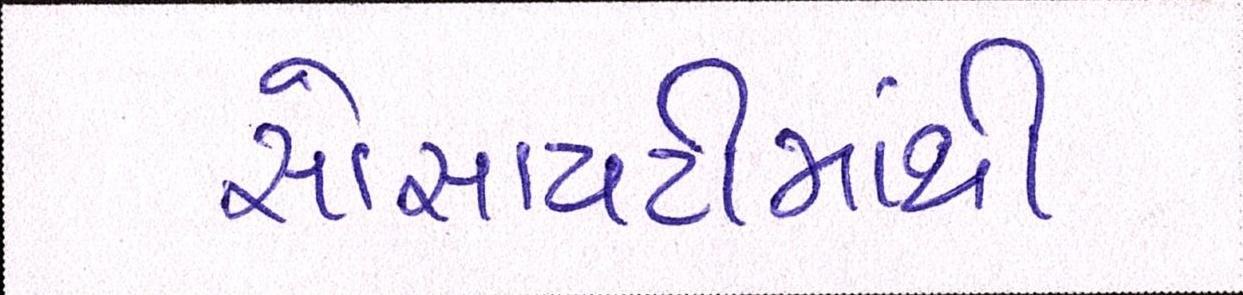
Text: સોસાયટીમાંથી